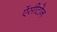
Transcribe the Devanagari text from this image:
ऐंसीटोन